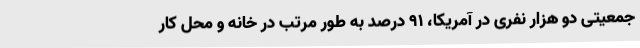
جمعیتی دو هزار نفری در آمریکا، 91 درصد به طور مرتب در خانه و محل کار